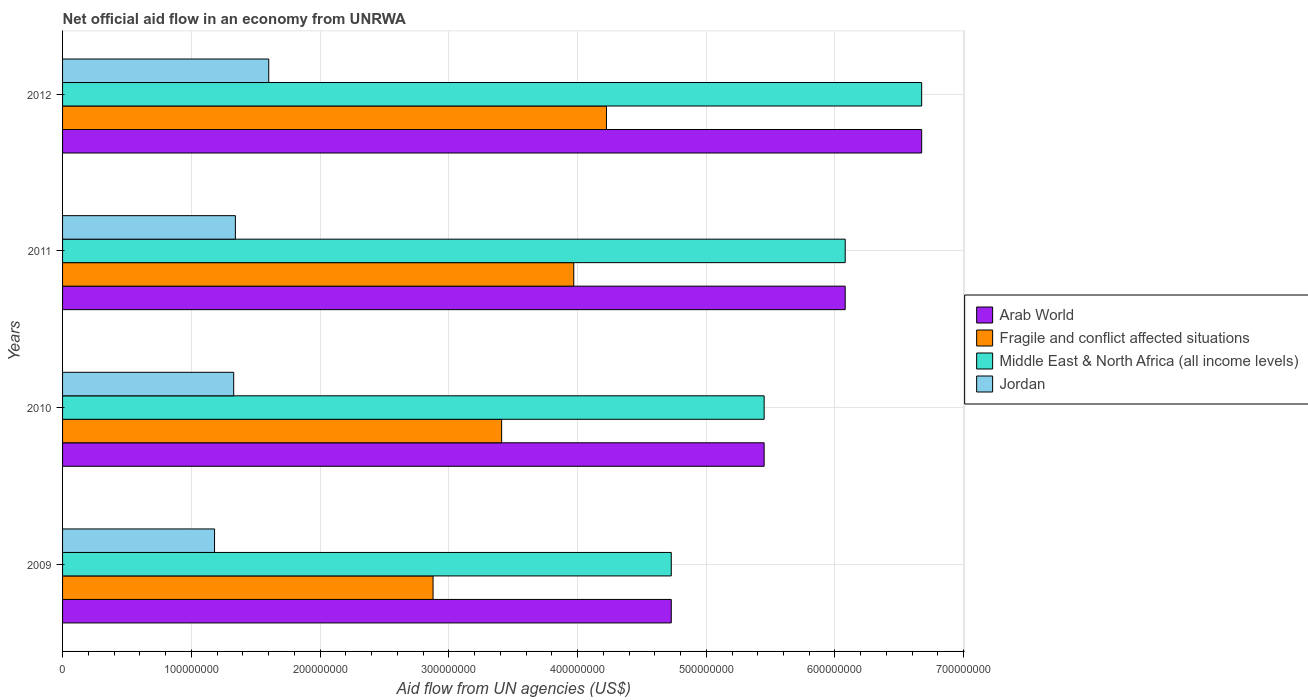
| Years | Arab World | Fragile and conflict affected situations | Middle East & North Africa (all income levels) | Jordan |
 | --- | --- | --- | --- | --- |
 | 2009 | 4.73e+08 | 2.88e+08 | 4.73e+08 | 1.18e+08 |
 | 2010 | 5.45e+08 | 3.41e+08 | 5.45e+08 | 1.33e+08 |
 | 2011 | 6.08e+08 | 3.97e+08 | 6.08e+08 | 1.34e+08 |
 | 2012 | 6.67e+08 | 4.22e+08 | 6.67e+08 | 1.6e+08 |